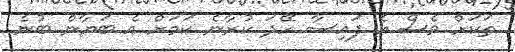
ތަކަށް ވެސް އެ ފައިސާ ހޭދަ ކުރާނެ ކަމަށް އެ ބަޔާން ބުނެ